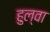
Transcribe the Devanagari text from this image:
हुल्वा